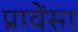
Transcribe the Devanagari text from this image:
प्रावेंसा